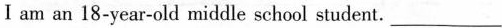
I am an 18-year-old middle school student。___